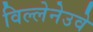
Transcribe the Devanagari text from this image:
विल्लेनेउवे